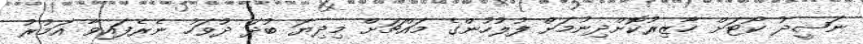
ނަޝީދު ކޯޓަށް ހާޒިރުކޮށްދިނުމަށް ފުލުހުންގެ މައްޗަށް މިދިޔަ ބުދަ ދުވަހު ނެރެފައިވާ އަމުރު